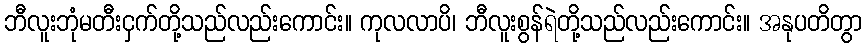
ဘီလူးဘုံမတီးငှက်တို့သည်လည်းကောင်း။ ကုလလာပိ၊ ဘီလူးစွန်ရဲတို့သည်လည်းကောင်း။ အနုပတိတွာ